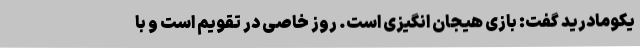
یکومادرید گفت: بازی هیجان انگیزی است. روز خاصی در تقویم است و با